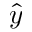
\hat { y }